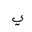
Letter: _ya